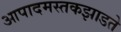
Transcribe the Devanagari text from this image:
आपादमस्तकझाडते